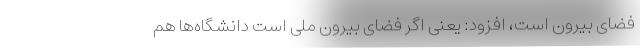
فضای بیرون است، افزود: یعنی اگر فضای بیرون ملی است دانشگاه‌ها هم